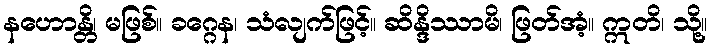
နဟောန္တိ၊ မဖြစ်။ ခဂ္ဂေန၊ သံလျက်ဖြင့်။ ဆိန္ဒိဿာမိ၊ ဖြတ်အံ့။ ဣတိ၊ သို့။